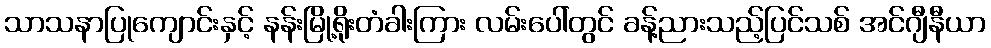
သာသနာပြုကျောင်းနှင့် နန်းမြို့ရိုးတံခါးကြား လမ်းပေါ်တွင် ခန့်ညားသည့်ပြင်သစ် အင်ဂျီနီယာ